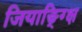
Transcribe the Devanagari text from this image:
जियाङ्ग्क्षि